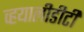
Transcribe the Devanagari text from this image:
व्हयालीडीटी